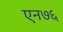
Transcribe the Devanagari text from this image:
एन७६